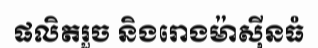
ផលិតរួច និងរោងម៉ាស៊ីនធំ